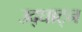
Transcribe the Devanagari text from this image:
उद्घाट्न